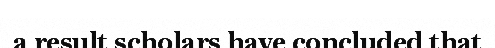
a result scholars have concluded that